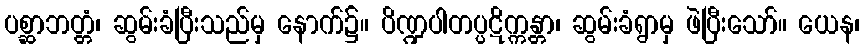
ပစ္ဆာဘတ္တံ၊ ဆွမ်းခံပြီးသည်မှ နောက်၌။ ပိဏ္ဍပါတပ္ပဋိက္ကန္တာ၊ ဆွမ်းခံရွာမှ ဖဲပြီးသော်။ ယေန၊